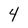
Character: 4